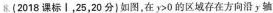
8. (2018课标Ⅰ，25，20分) 如图，在 $$ $$y > 0$$ $$ 的区域存在方向沿 y 轴